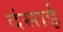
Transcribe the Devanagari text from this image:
दंसाई